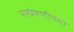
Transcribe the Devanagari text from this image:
सम्‍प्रेषणीयता